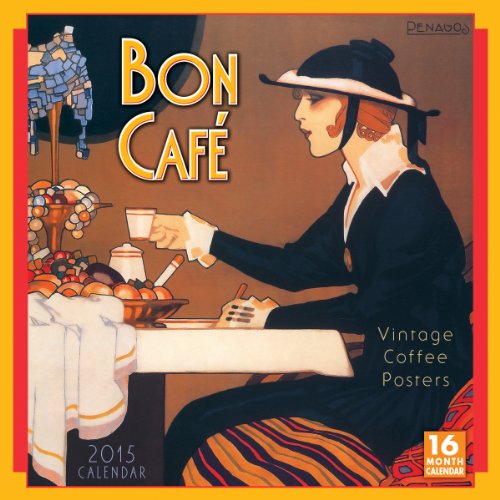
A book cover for Bon CafÃ© Vintage Coffee Posters 2015 Wall (calendar) (English and French Edition); Buyenlarge Inc; Calendars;